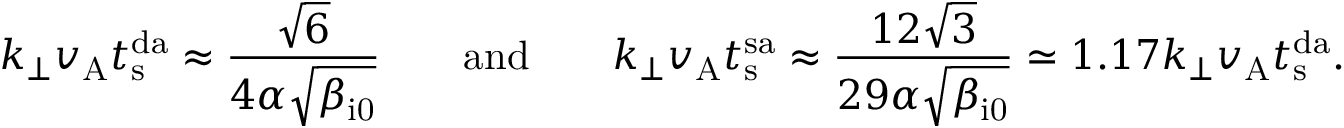
k _ { \perp } v _ { \mathrm { A } } t _ { \mathrm { s } } ^ { \mathrm { d a } } \approx \frac { \sqrt { 6 } } { 4 \alpha \sqrt { \beta _ { \mathrm { i 0 } } } } \qquad \mathrm { a n d } \qquad k _ { \perp } v _ { \mathrm { A } } t _ { \mathrm { s } } ^ { \mathrm { s a } } \approx \frac { 1 2 \sqrt { 3 } } { 2 9 \alpha \sqrt { \beta _ { \mathrm { i 0 } } } } \simeq 1 . 1 7 k _ { \perp } v _ { \mathrm { A } } t _ { \mathrm { s } } ^ { \mathrm { d a } } .